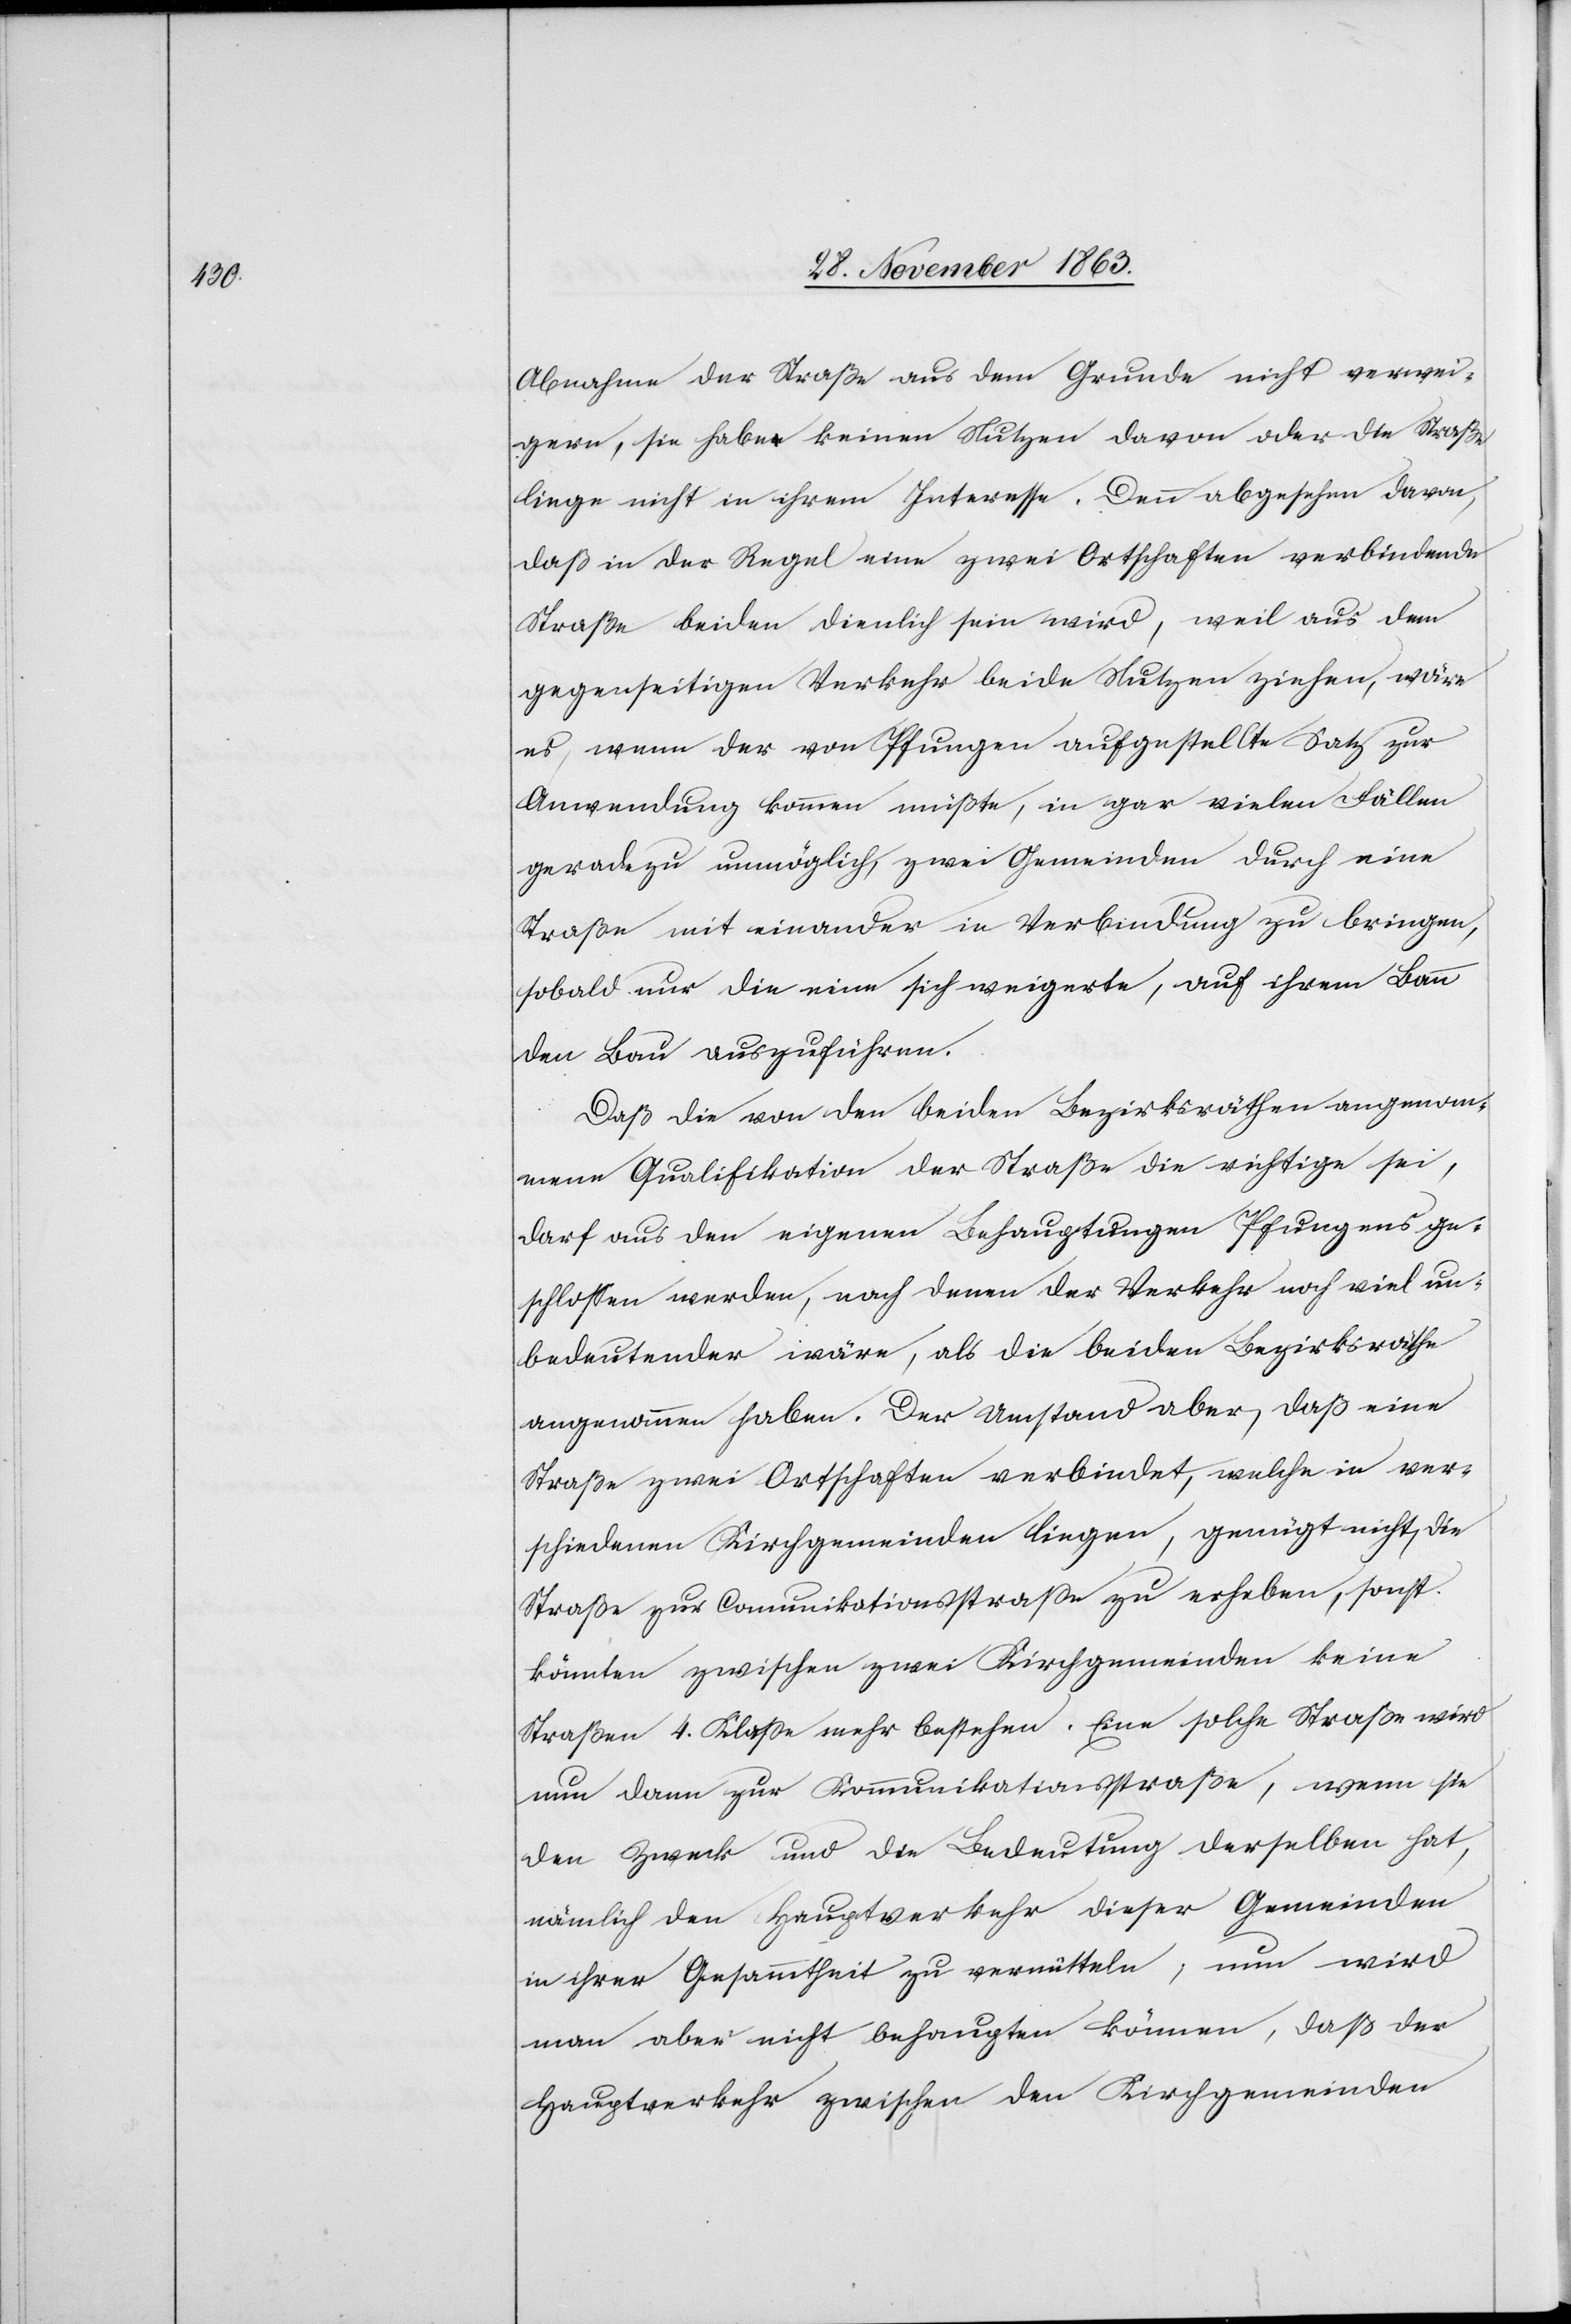
Abnahme der Straße aus dem Grunde nicht verwei¬
gern, sie habe keinen Nutzen davon oder die Straße
liege nicht in ihrem Interesse. Denn abgesehen davon,
daß in der Regel eine zwei Ortschaften verbindende
Straße beiden dienlich sein wird, weil aus dem
gegenseitigen Verkehr beide Nutzen ziehen, wäre
es, wenn der von Pfungen aufgestellte Satz zur
Anwendung kommen müßte, in gar vielen Fällen
geradezu unmöglich, zwei Gemeinden durch eine
Straße mit einander in Verbindung zu bringen,
sobald nur die eine sich weigerte, auf ihrem Bann
den Bau auszuführen.
Daß die von den beiden Bezirksräthen angenom¬
mene Qualifikation der Straße die richtige sei,
darf aus den eigenen Behauptungen Pfungens ge¬
schlossen werden, nach denen der Verkehr noch viel un¬
bedeutender wäre, als die beiden Bezirksräthe
angenommen haben. Der Umstand aber, daß eine
Straße zwei Ortschaften verbindet, welche in ver¬
schiedenen Kirchgemeinden liegen, genügt nicht, die
Straße zur Comunikationsstrasse zu erheben, sonst
könnten zwischen zwei Kirchgemeinden keine
Straßen 4. Klasse mehr bestehen. Eine solche Straße wir
nun dann zur Kommunikationstraße, wenn sie
den Zweck und die Bedeutung derselben hat,
nämlich den Hauptverkehr dieser Gemeinden
in ihrer Gesammtheit zu vermitteln; nun wird
man aber nicht behaupten können, daß der
Hauptverkehr zwischen den Kirchgemeinden